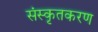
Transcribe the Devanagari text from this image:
संस्कृतकरण